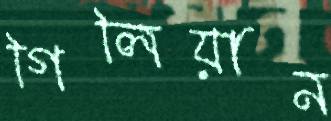
গিলিয়ান